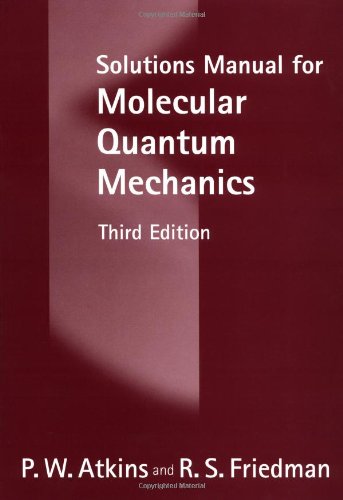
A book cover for Solutions Manual for Molecular Quantum Mechanics; P. W. Atkins; Science & Math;